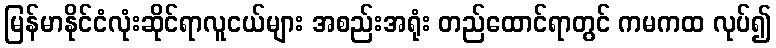
မြန်မာနိုင်ငံလုံးဆိုင်ရာလူငယ်များ အစည်းအရုံး တည်ထောင်ရာတွင် ကမကထ လုပ်၍